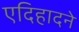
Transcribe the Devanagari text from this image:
एदिहादने